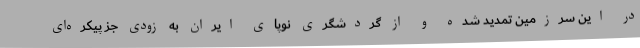
در این سرزمین تمدید شده و از گردشگری نوپای ایران به زودی جز پیکره‌ای